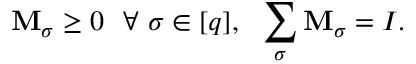
\mathbf { M } _ { \sigma } \geq 0 ~ ~ \forall ~ \sigma \in [ q ] , ~ ~ \sum _ { \sigma } \mathbf { M } _ { \sigma } = I .